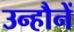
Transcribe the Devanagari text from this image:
उन्हौनें